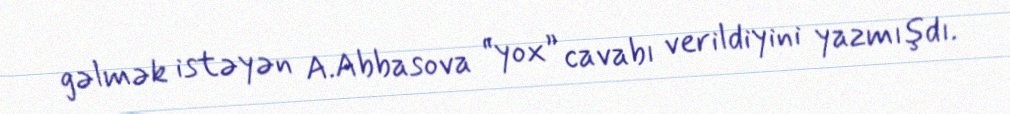
gəlmək istəyən A.Abbasova “yox” cavabı verildiyini yazmışdı.